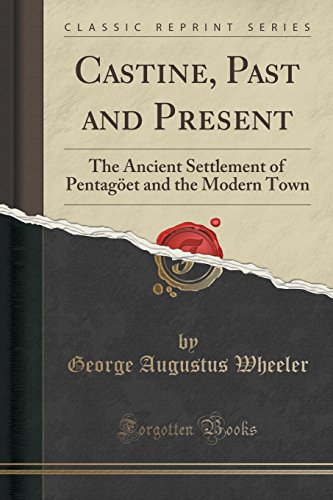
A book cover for Castine, Past and Present: The Ancient Settlement of PentagÃ¶et and the Modern Town (Classic Reprint); George Augustus Wheeler; History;